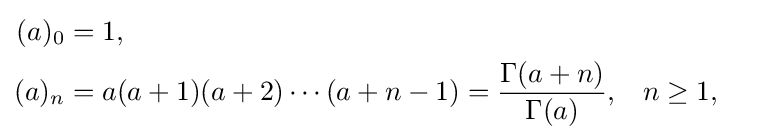
{\begin{aligned}(a)_{0}&=1,\\(a)_{n}&=a(a+1)(a+2)\cdots (a+n-1)={\frac {\Gamma (a+n)}{\Gamma (a)}},&&n\geq 1,\end{aligned}}